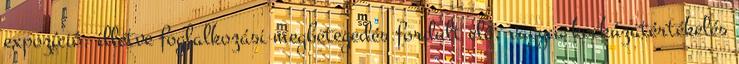
expozíció, illetve foglalkozási megbetegedés fordult elő, vagy a kockázatértékelés